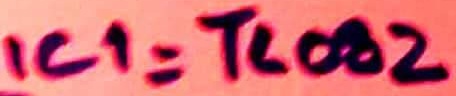
Text: IC1=TL082